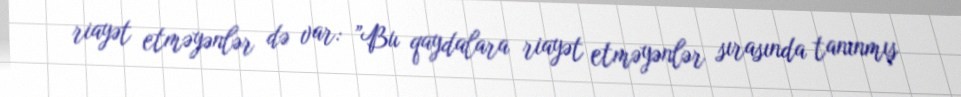
riayət etməyənlər də var: ”Bu qaydalara riayət etməyənlər sırasında tanınmış